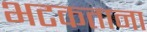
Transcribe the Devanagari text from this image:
भटकताना